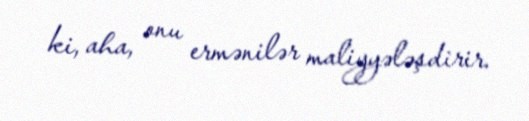
ki, aha, onu ermənilər maliyyələşdirir.